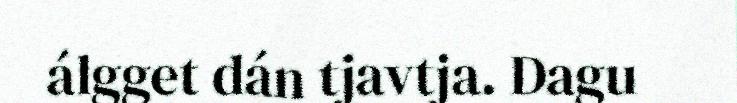
álgget dán tjavtja. Dagu